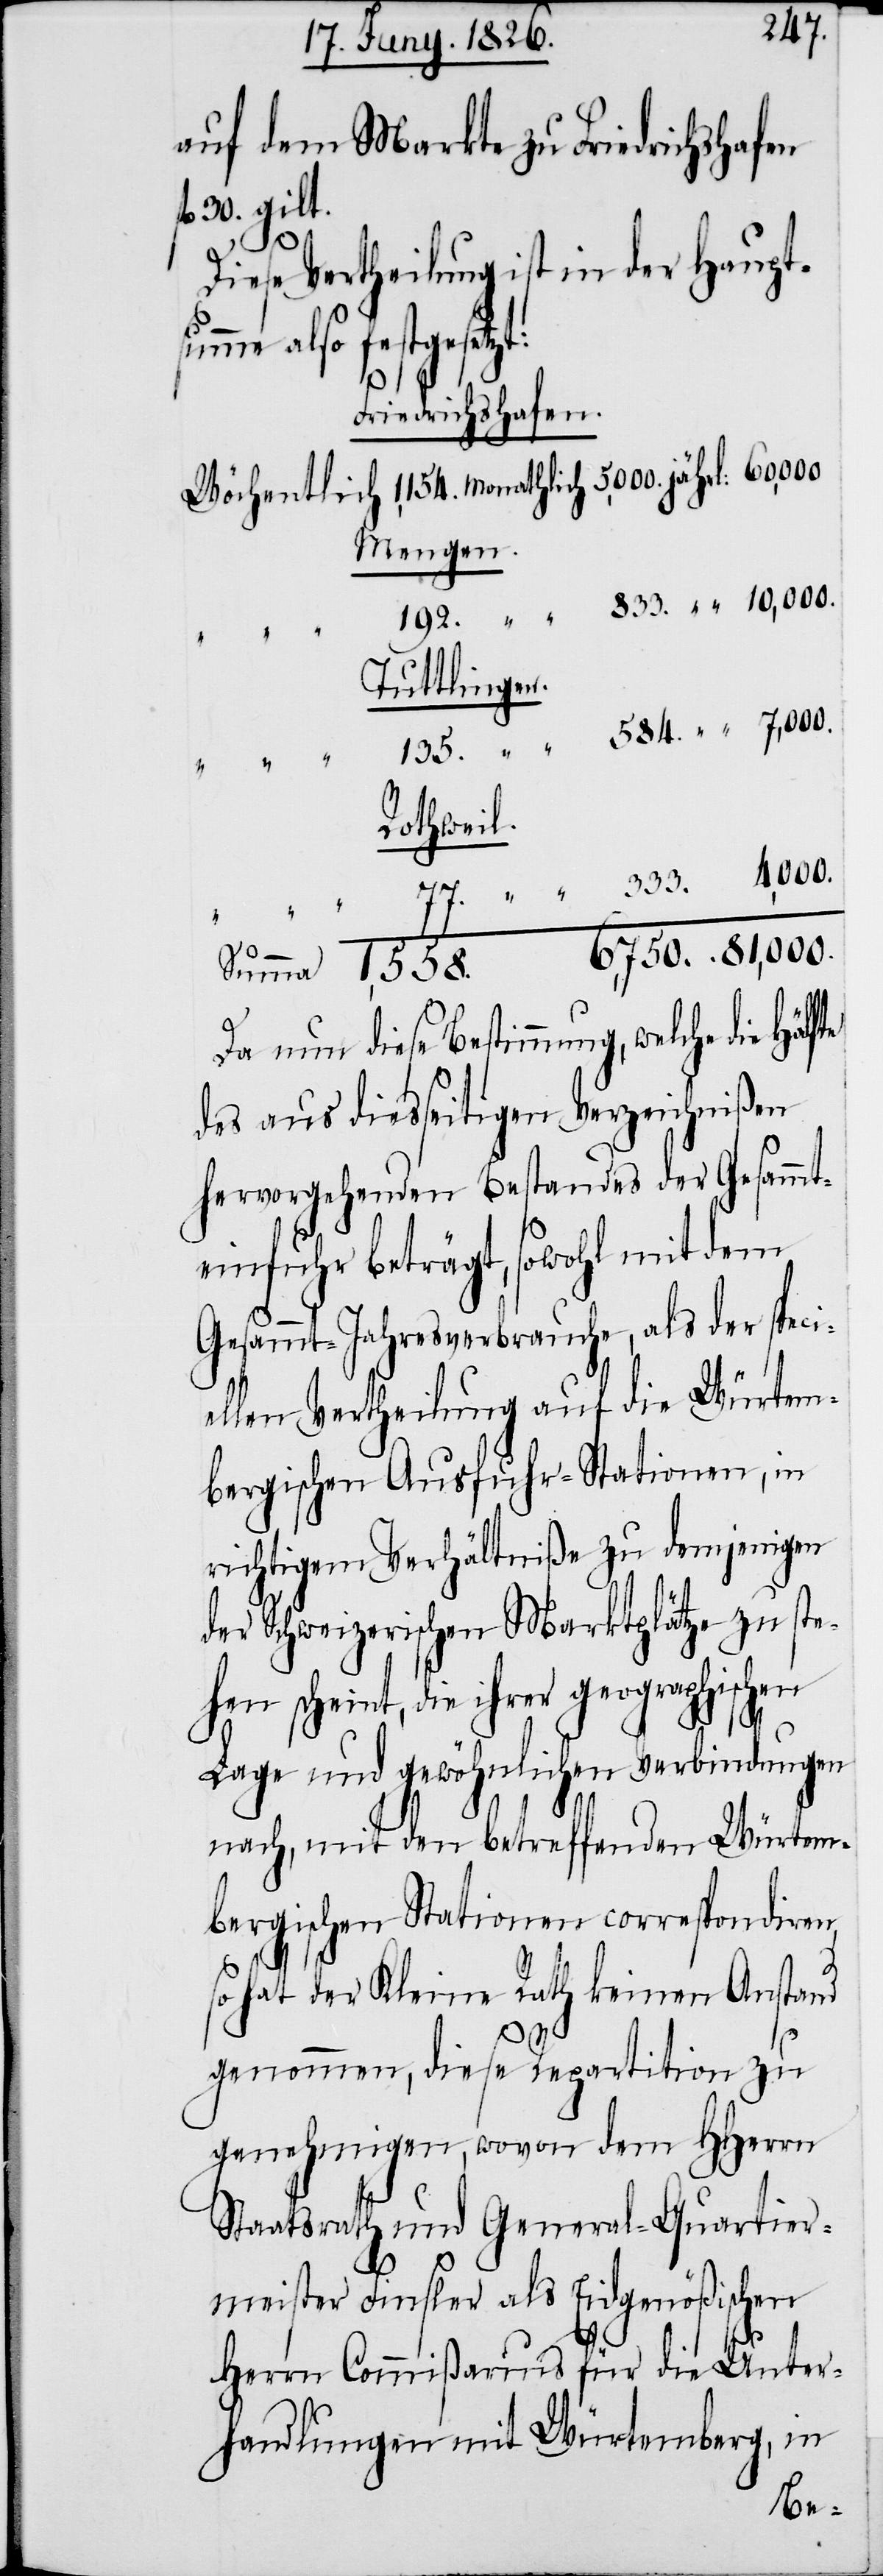
auf dem Markte zu Friedrichshafen
fl. 30. gibt.
te
Diese Vertheilung ist in der Haupts¬
umme also festgesetzt:
Friedrichshafen.
Mengen.
Tuttlingen.
Rothweil.
Da nun diese Bestimmung, welche die Hälf¬
des aus diesseitgen Verzeichnißen
hervorgehenden Bestandes der Gesammt¬
einfuhr beträgt, sowohl mit dem
Gesammt-Jahresverbrauche, als der speci¬
ellen Vertheilung auf die Würtem¬
bergischen Ausfuhr-Stationen, in
richtigem Verhältniße zu demjenigen
der Schweizerischen Marktplätze zu ste¬
hen scheint, die ihrer geographischen
Lage und gewöhnlichen Verbindungen
nach, mit den betreffend Würtem¬
bergischen Stationen correspondiren,
so hat der Kleine Rath keinen Anstand
genommen, diese Repartition zu
genehmigen, wovon dem HHerrn
Staatsrath und General-Quartier¬
meister Finsler als Eidgenößischen
“
Herrn Commißarius für die Unter¬
handlungen mit Würtemberg, in